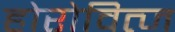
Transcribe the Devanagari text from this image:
होरोवित्ज